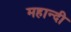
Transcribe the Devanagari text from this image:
महान्दी